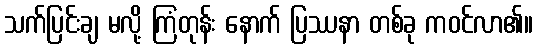
သက်ပြင်းချ မလို့ ကြံတုန်း နောက် ပြဿနာ တစ်ခု ကဝင်လာ၏။